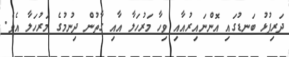
ދަރިފުޅު ބަނޑުގައި އޮންނައިރުއާއި ވިހާ މަރުހަލާ އާއި ގާތުން ދިނުމުގެ މަރުހަލާ އެވެ.